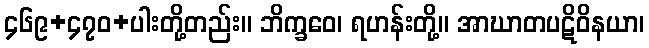
၄၆၉+၄၇၀+ပါးတို့တည်း။ ဘိက္ခဝေ၊ ရဟန်းတို့။ အာဃာတပဋိဝိနယာ၊